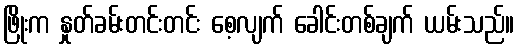
ဖြိုးက နှုတ်ခမ်းတင်းတင်း စေ့လျက် ခေါင်းတစ်ချက် ယမ်းသည်။